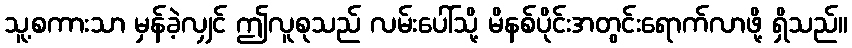
သူ့စကားသာ မှန်ခဲ့လျှင် ဤလူစုသည် လမ်းပေါ်သို့ မိနစ်ပိုင်းအတွင်းရောက်လာဖို့ ရှိသည်။